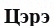
Цэрэ